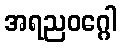
အရညဝဂ္ဂေါ